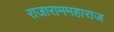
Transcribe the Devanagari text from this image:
राजाराममहाराज